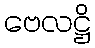
ဗေလဋ္ဌိ